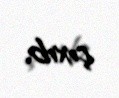
çıxıb.